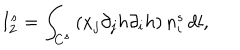
I _ { 2 } ^ { s } = \int _ { C ^ { s } } \left( x _ { j } \partial _ { j } h \partial _ { i } h \right) n _ { i } ^ { s } \, d l ,